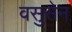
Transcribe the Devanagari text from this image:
वसुसेन